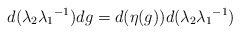
\begin{align*} d(\lambda_2 {\lambda_1}^{-1})dg =d(\eta(g))d(\lambda_2 {\lambda_1}^{-1}) \end{align*}